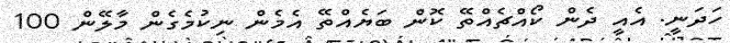
ހަދަނީ. އެއީ ދެން ކޯއްޗެއްތޭ ކޮން ބަޔެއްތޭ އެމެން ނިކުމެގެން މާލޭން 100